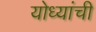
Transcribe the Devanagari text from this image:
योध्यांची